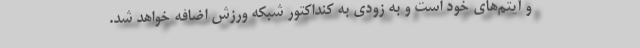
و آیتم‌‌های خود است و به زودی به کنداکتور شبکه ورزش اضافه خواهد شد.